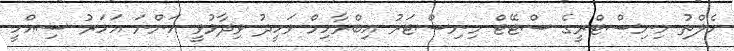
ހެލްތު މިނިސްޓްރީގެ ސްޓޭޓް މިނިސްޓަރު އިބްރާހިމް ވަހީދު ވިދާޅުވީ އަންނަ އަހަރު ސިއްހީ